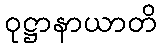
ဝုဋ္ဌာနာယာတိ